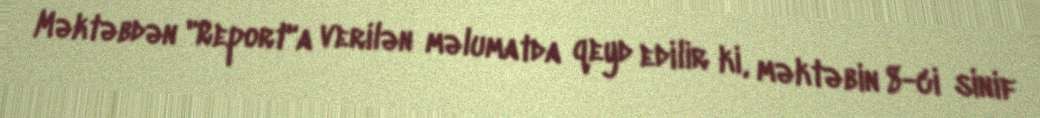
Məktəbdən "Report"a verilən məlumatda qeyd edilir ki, məktəbin 8-ci sinif